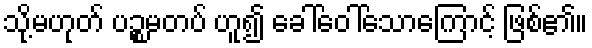
သို့မဟုတ် ပဉ္စမတပ် ဟူ၍ ခေါ်ဝေါ်သောကြောင့် ဖြစ်၏။